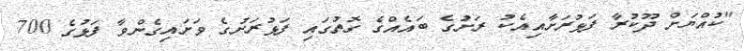
"ކުއްޔަށް ދޫކުރާ ފަޅުރަށާއިއެކު ރަށުގެ ބައެއްގެ ގޮތުގައި ފަޅުރަށުގެ ވަށައިގެންވާ ފަޅުގެ 700